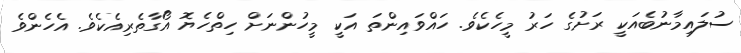
ސުލައިމާނުބެއަކީ ރަށުގެ ހަރު މީހެކެވެ. ހައްވައިންތަ އަކީ މީހުންނަށް ހިތްހެޔޮ އޯގާތެރިއެކެވެ. އެހެންވެ